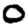
Digit: 0